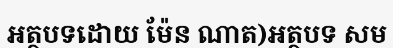
អត្ថបទដោយ ម៉ែន ណាត)អត្ថបទ សម